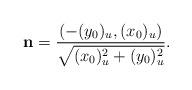
LaTeX: \begin{align*}\mathbf{n}=\frac{(-(y_{0})_{u},(x_{0})_{u})}{\sqrt{(x_{0})_{u}^{2}+(y_0)_{u}^{2}}}.\end{align*}